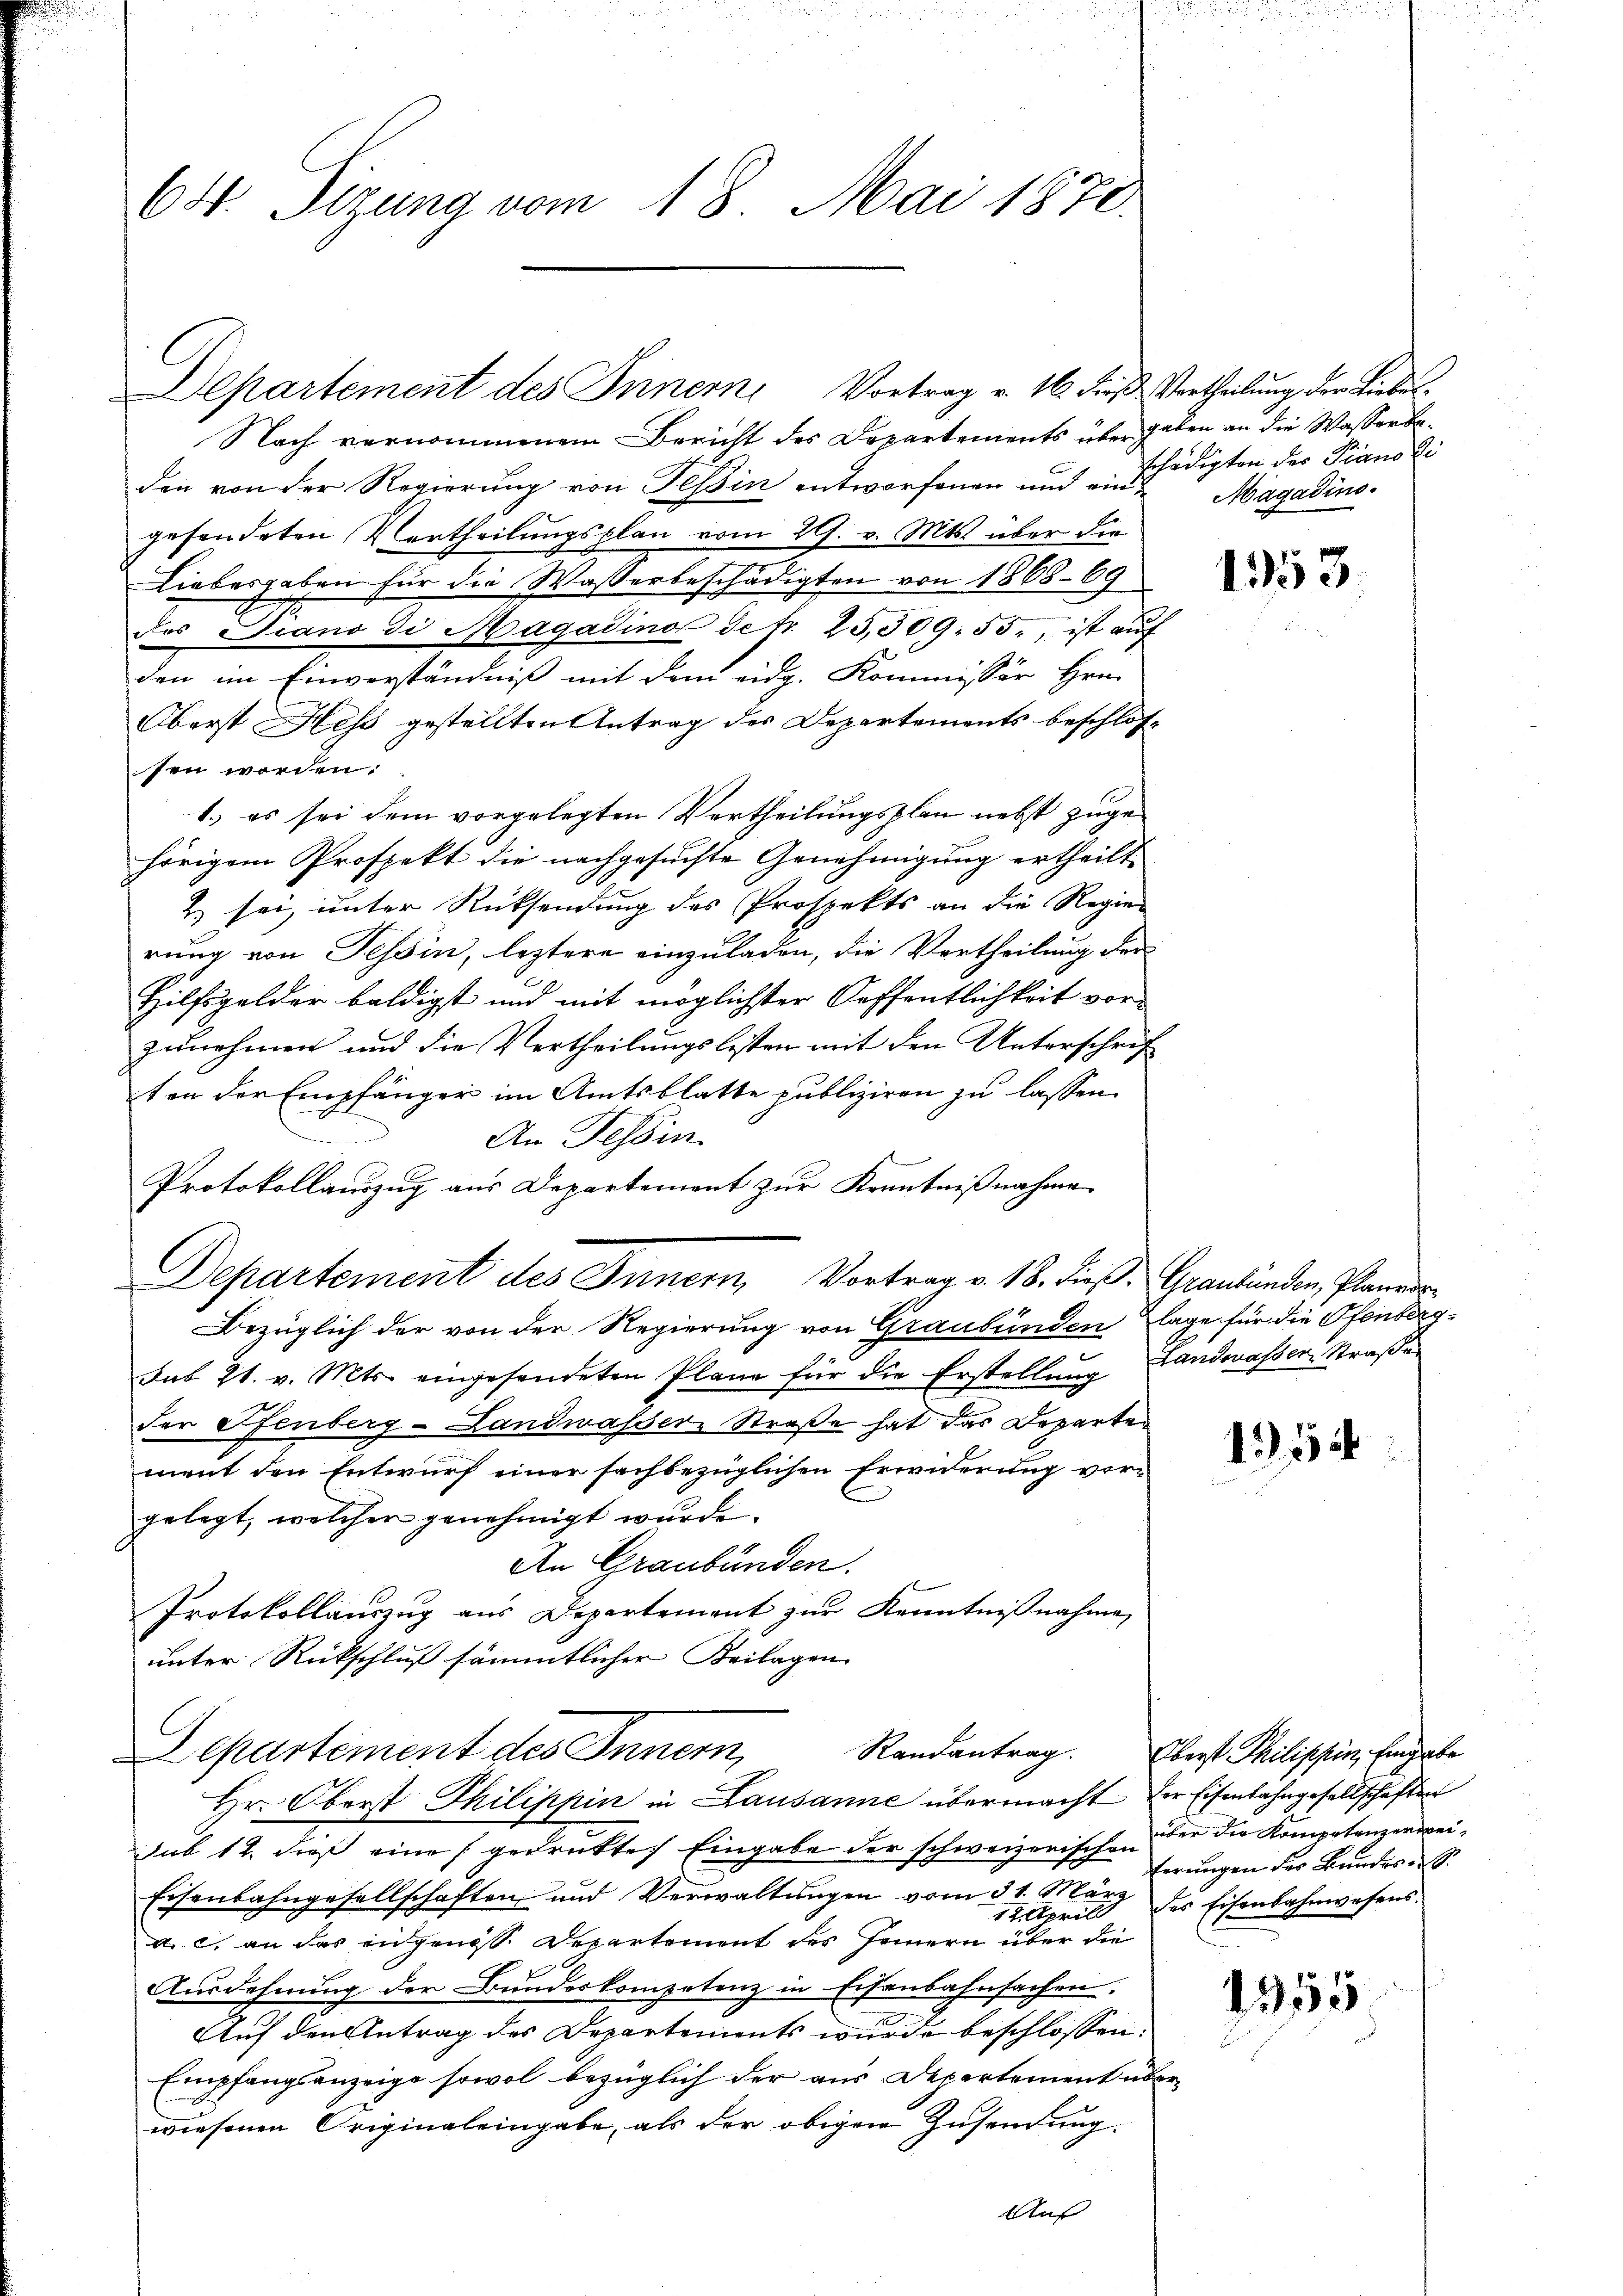
64. Sizung vom 18. Mai 1870.

Departement des Innern Vortrag v. 16. dieß Vertheilung der Liebes
Nach vernommenem Bericht des Departements über geben an die Wasserbaden von der Regierung von Teßin entworfenen und ein Magadino.
gesendeten Vertheilungsplan vom 21. v. Mts. über die
Liebesgaben für die Wasserbeschädigten von 1868-69
des Piano di Magadino de fr. 25,309: 55., ist aŭf
den im Einverständniß mit dem eidg. Kommissär Hrn.
Oberst Hess gestellten Antrag des Departements beschlossen worden.
1.) es sei dem vorgelegten Vertheilungsplan nebst zugehörigem Prospekt die nachgesuchte Genehmigung ertheilt
2. sei, unter Rücksendung des Prospekts an die Regier
rung von Tessin, leztere einzuladen, die Vertheilung der
Hilfsgelder baldigst und mit möglichster Oeffentlichkeit vorzunehmen und die Vertheilungslisten mit den Unterschrif
ten der Empfänger im Amtsblatte publiziren zu lassen.
An Tessin.
Protokollauszug aus Departement zur Kenntnißnahme
Departement des Innern, Vortrag v. 18. dieß: Graubünden, Planer¬
Bezüglich der von der Regierung von Graubünden lage für die Pfenberg-
Sub 21. v. Mts. eingesendeten Pläne für die Erstellung Landwasser Straße
der Pfenberg-Landmasser Straße hat das Departe
ment den Entwurf einer sachbezüglichen Erwiderung vergelegt, welcher genehmigt wurde.
An Graubünden.
Protokollauszug aus Departement zur Kenntnißnahme,
unter Rückschluß sämmtlicher Beilagen
Departement des Innern,
Hr. Oberst Philippin in Lausanne übermacht der Eisenbahngesellschaften
sub 12. dieß eine gedrukte Eingabe der schweizerischen der die Kompetenzenwei¬
Eisenbahngesellschaften und Verwaltungen vom 31. März der Eisenbahnwesens.
12. Aprill
a. c. an das angenoss. Departement des Innern über die
Ausdehnung der Bundeskompetenz in Eisenbahnsachen.
Auf den Antrag des Departements wurde beschlossen:
Empfangsanzeige sowol bezüglich der aus Departement übe
wiesenen Originaleingabe, als der obigen Zusendung.

schädigten der Piano li

1353

15

Randantrag. Oberst Philippin, Eingabe
ferungen der Bundes 9.

1355